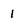
Character: 1